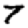
Digit: 7